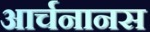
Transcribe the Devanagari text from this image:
आर्चनानस